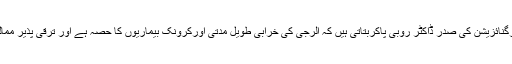
اس سلسلے میں ورلڈ الرجی آرگنائزیشن کی صدر ڈاکٹر روبی پاکربتاتی ہیں کہ الرجی کی خرابی طویل مدتی اورکرونک بیماریوں کا حصہ ہے اور ترقی پذیر ممالک میں یہ ایک اہم مسئلہ ہے۔